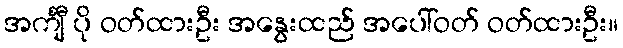
အင်္ကျီ ပို ဝတ်ထားဦး အနွေးထည် အပေါ်ဝတ် ဝတ်ထားဦး။